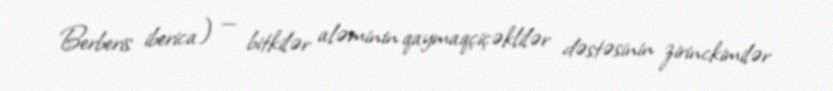
Berberis iberica) — bitkilər aləminin qaymaqçiçəklilər dəstəsinin zirinckimilər